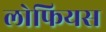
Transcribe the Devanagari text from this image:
लोफियस